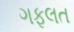
ગફલત